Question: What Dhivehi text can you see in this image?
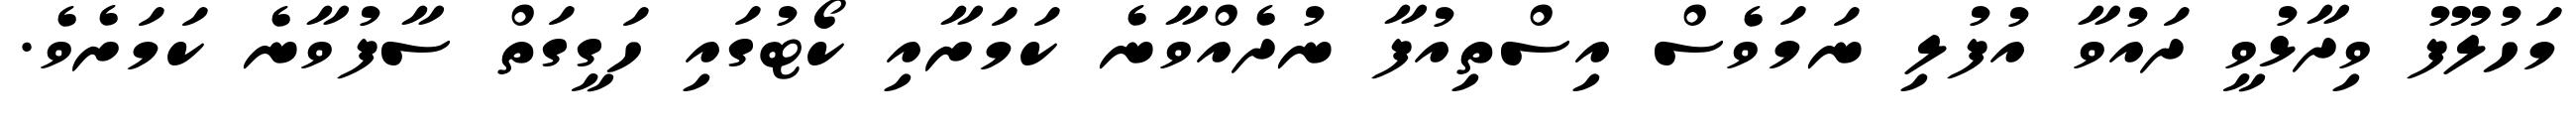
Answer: މަހުލޫފު ވިދާޅުވީ ދައުވާ އުފުލި ނަމަވެސް އިސްތިއުފާ ނުދެއްވާނެ ކަމަށާއި ކޯޓުގައި ހަގީގަތް ސާފުވާނެ ކަމަށެވެ.